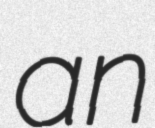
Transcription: an